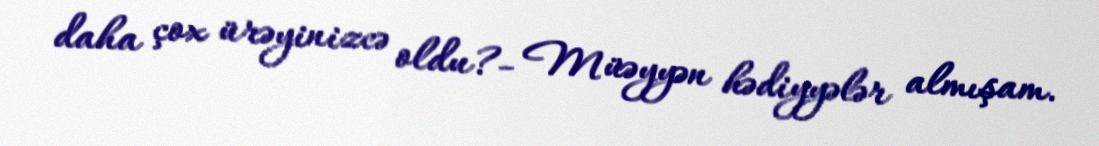
daha çox ürəyinizcə oldu?- Müəyyən hədiyyələr almışam.